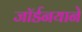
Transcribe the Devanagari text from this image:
जॉर्डनयाने